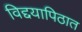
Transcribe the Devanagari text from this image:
विद्दयापिठात